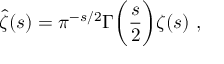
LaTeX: { \hat { \zeta } } ( s ) = \pi ^ { - s / 2 } \Gamma { \biggl ( } { \frac { s } { 2 } } { \biggr ) } \zeta ( s ) \ ,